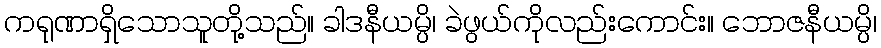
ကရုဏာရှိသောသူတို့သည်။ ခါဒနီယမ္ပိ၊ ခဲဖွယ်ကိုလည်းကောင်း။ ဘောဇနီယမ္ပိ၊